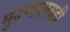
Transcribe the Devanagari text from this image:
मुद्रणालयही